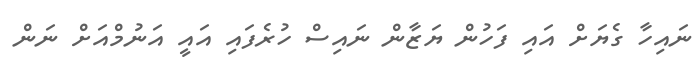
ނައިހާ ގެޔަށް އައި ފަހުން ޔަޒާން ނައިސް ހުރެފައި އައީ އަނުމްއަށް ނަން